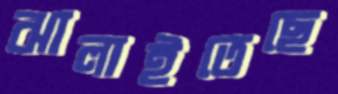
ঝালাইতেছে